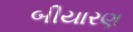
બીયારણ